Burma Government Medical School reports 1923-41
Year: 1923
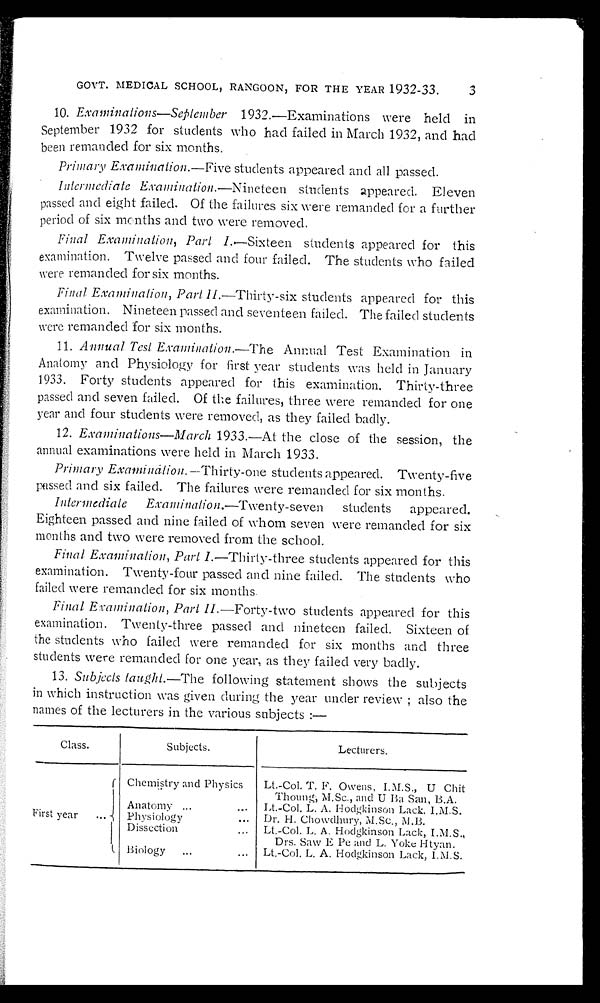
GOVT. MEDICAL SCHOOL, RANGOON, FOR THE YEAR 1932-33.
10. Examinations—September 1932.—Examinations were held in
September 1932 for students who had failed in March 1932, and had
been remanded for six months.
Primary Examination .—Five students appeared and all passed.
Intermediate Examination .—Nineteen students appeared. Eleven
passed and eight failed. Of the failures six were remanded for a further
period of six months and two were removed.
Final Examination, Part I .—Sixteen students appeared for this
examination. Twelve passed and four failed. The students who failed
were remanded for six months.
Final Examination, Part II .—Thirty-six students appeared for this
examination. Nineteen passed and seventeen failed. The failed students
were remanded for six months.
11.
Annual Test Examination .—The Annual Test Examination in
Anatomy and Physiology for first year students was held in January
1933. Forty students appeared for this examination. Thirty-three
passed and seven failed. Of the failures, three were remanded for one
year and four students were removed, as they failed badly.
12.
Examinations—March 1933.—At the close of the session, the
annual examinations were held in March 1933.
Primary Examination .—Thirty-one students appeared. Twenty-five
passed and six failed. The failures were remanded for six months.
Intermediate Examination .—Twenty-seven
students appeared.
Eighteen passed and nine failed of whom seven were remanded for six
months and two were removed from the school.
Final Examination, Part I .—Thirty-three students appeared for this
examination. Twenty-four passed and nine failed. The students who
failed were remanded for six months.
Final Examination, Part II .—Forty-two students appeared for this
examination. Twenty-three passed and nineteen failed. Sixteen of
the students who failed were remanded for six months and three
students were remanded for one year, as they failed very badly.
13.
Subjects taught .—The following statement shows the subjects
in which instruction was given during the year under review; also the
names of the lecturers in the various subjects:—
Class.
Subjects.
Lecturers.
Chemistry and Physics
Lt.-Col. T. F. Owens, I.M.S., U Chit
Thoung, M.Sc., and U Ba San, B.A.
Anatomy . . .
Lt.-Col. L. A. Hodgkinson Lack, I.M.S.
First year . . .
Physiology . . .
Dr. H. Chowdhury, M.Sc., M.B.
Dissection . . .
Lt.-Col. L. A. Hodgkinson Lack, I.M.S.,
Drs. Saw E Pe and L. Yoke Htyan.
Biology . . .
Lt.-Col. L. A. Hodgkinson Lack, I.M.S.
3